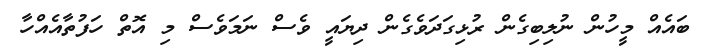
ބައެއް މީހުން ނުލިބިގެން ރުޅިގަދަވެގެން ދިޔައީ ވެސް ނަމަވެސް މި އޮތް ހަފުތާއެއްހާ